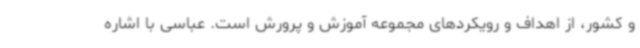
و کشور، از اهداف و رویکردهای مجموعه آموزش و پرورش است. عباسی با اشاره